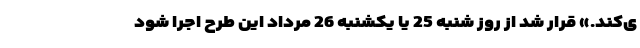
ی‌کند.» قرار شد از روز شنبه 25 یا یکشنبه 26 مرداد این طرح اجرا شود